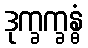
ဒုက္ခက္ခန္ဓံ